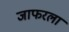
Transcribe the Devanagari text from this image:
जाफरला